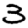
Digit: 3